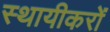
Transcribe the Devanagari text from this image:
स्थायीकरों